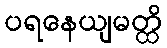
ပရနေယျမတ္ထိ